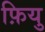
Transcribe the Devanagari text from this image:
फ़ियु